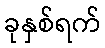
ခုနှစ်ရက်